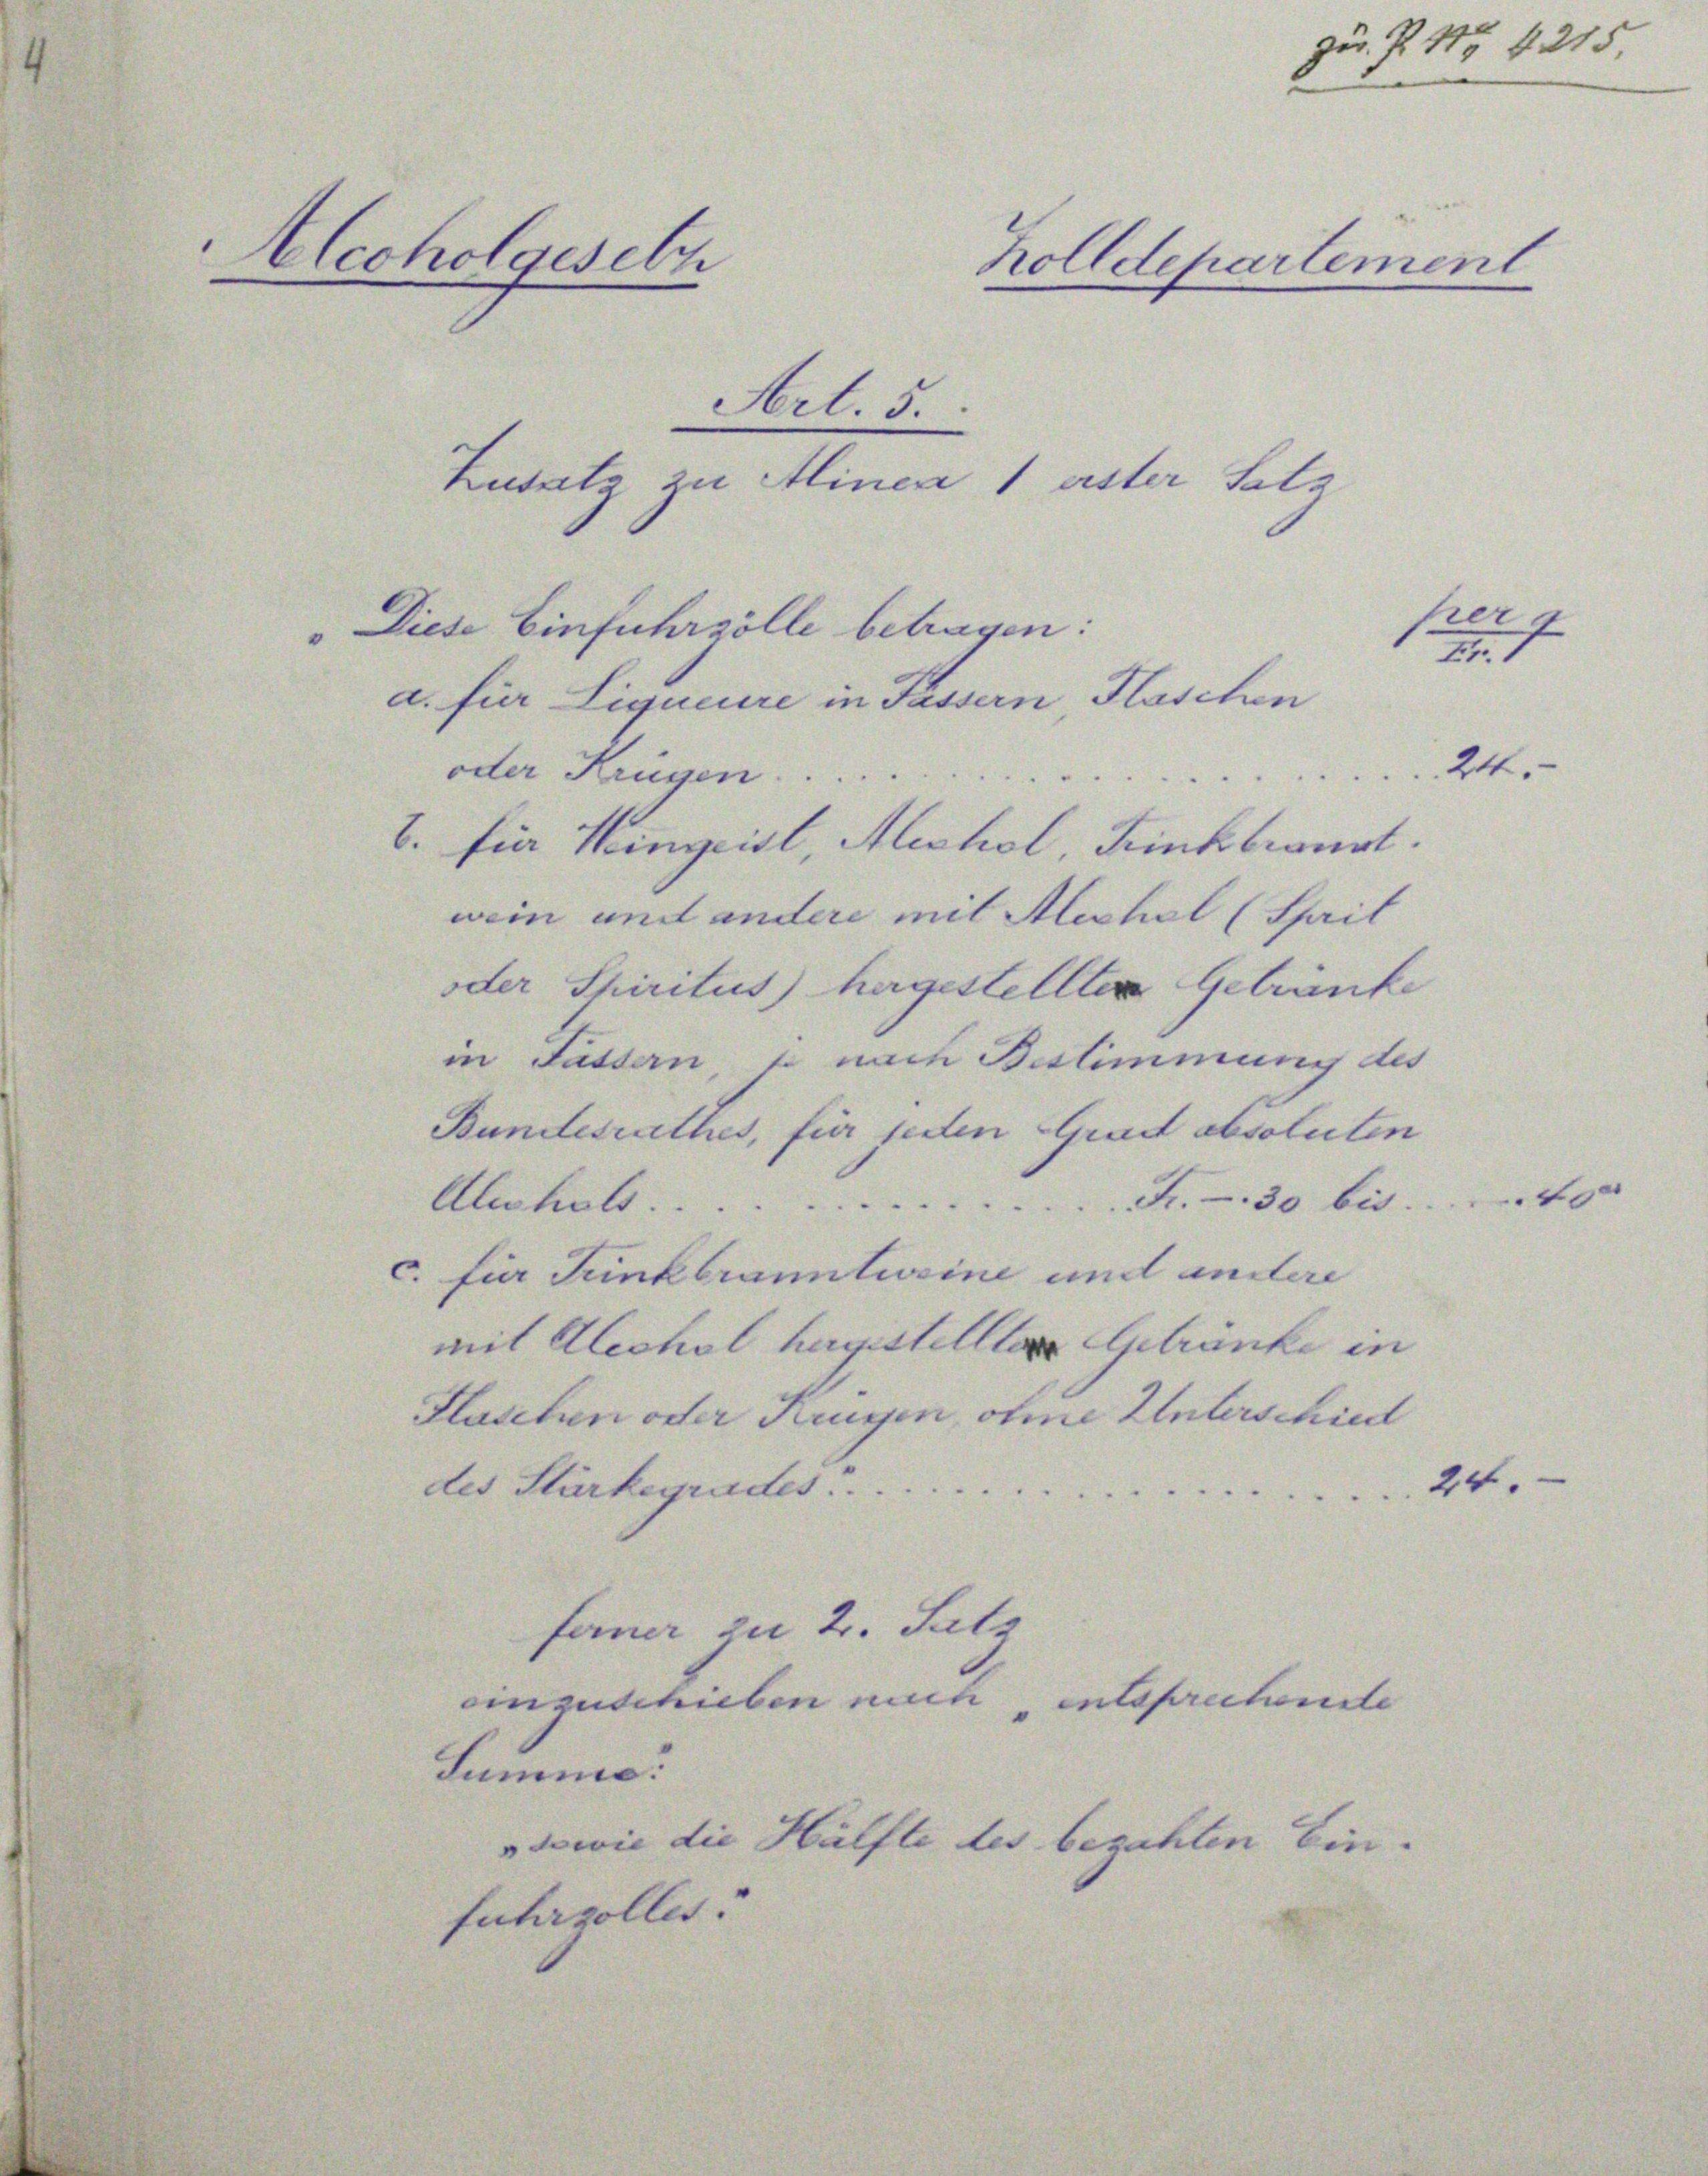
Aleoholgesetz
e

Jur. P. 115 § 215.

Holldepartement

Art. 5.
Zusatz zu Alinea 1 ester Satz
Diese Einfuhrzölle betragen:
a. für Liqueure in Fassern, Flaschen
Att.
oder Krügen.....
E. Die Hingeist, Michol, Trinkbrannt.
wein und andere mit Alichel (Thail
oder Spiritus) hergestellten Getränke
in Fassern, so nach Bestimmung des
Bundesrathes, für jeden Grad absoluten
Abehalt Fr. 30 bis 40
c. für Trinkbranntweine und andere
mit Aleohol hagistellte Getränke in
Flaschen oder Krugen, ohne Unterschied
des Stärkegrades. 24.
ferner zu 2. Satz
einzuschieben mich entsprechende
Summe
sowie die Hälfte des begahten Ein-
fuhrzoller.

berg
Fr. 1